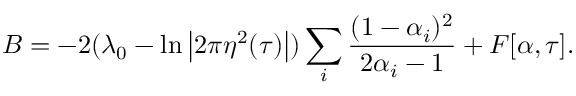
B = - 2 ( \lambda _ { 0 } - \ln \left| 2 \pi \eta ^ { 2 } ( \tau ) \right| ) \sum _ { i } \frac { ( 1 - \alpha _ { i } ) ^ { 2 } } { 2 \alpha _ { i } - 1 } + F [ \alpha , \tau ] .